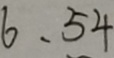
6 、 5 4